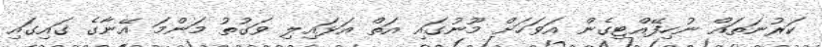
ކަރުނަތައް ނުހިފޭއްޓިގެން އަވަހަށް މޫނުގައި އަތް އަޅައިލި ވަގުތު މަންމަ އޭނާގެ ގައިގައި